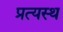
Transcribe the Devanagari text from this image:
प्रत्यस्थ